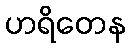
ဟရိတေန